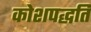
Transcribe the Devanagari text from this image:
कोशपद्धति